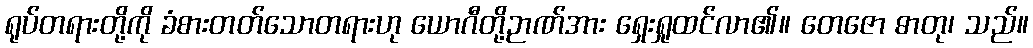
ရုပ်တရားတို့ကို ခံစားတတ်သောတရားဟု ယောဂီတို့ဉာဏ်အား ရှေးရှုထင်လာ၏။ တေဇော ဓာတု၊ သည်။